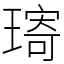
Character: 𤨥